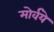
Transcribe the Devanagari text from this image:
मोर्वये